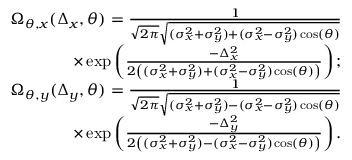
\begin{array} { r } { \Omega _ { \theta , x } ( \Delta _ { x } , \theta ) = \frac { 1 } { \sqrt { 2 \pi } \sqrt { ( \sigma _ { x } ^ { 2 } + \sigma _ { y } ^ { 2 } ) + ( \sigma _ { x } ^ { 2 } - \sigma _ { y } ^ { 2 } ) \cos ( \theta ) } } } \\ { \times \exp \left( \frac { - \Delta _ { x } ^ { 2 } } { 2 \left( ( \sigma _ { x } ^ { 2 } + \sigma _ { y } ^ { 2 } ) + ( \sigma _ { x } ^ { 2 } - \sigma _ { y } ^ { 2 } ) \cos ( \theta ) \right) } \right) ; } \\ { \Omega _ { \theta , y } ( \Delta _ { y } , \theta ) = \frac { 1 } { \sqrt { 2 \pi } \sqrt { ( \sigma _ { x } ^ { 2 } + \sigma _ { y } ^ { 2 } ) - ( \sigma _ { x } ^ { 2 } - \sigma _ { y } ^ { 2 } ) \cos ( \theta ) } } } \\ { \times \exp \left( \frac { - \Delta _ { y } ^ { 2 } } { 2 \left( ( \sigma _ { x } ^ { 2 } + \sigma _ { y } ^ { 2 } ) - ( \sigma _ { x } ^ { 2 } - \sigma _ { y } ^ { 2 } ) \cos ( \theta ) \right) } \right) . } \end{array}